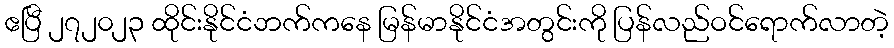
ဧပြီ ၂၇၂၀၂၃ ထိုင်းနိုင်ငံဘက်ကနေ မြန်မာနိုင်ငံအတွင်းကို ပြန်လည်ဝင်ရောက်လာတဲ့